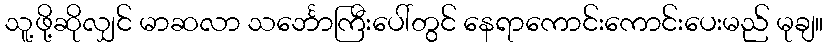
သူ့ဖို့ဆိုလျှင် မာဆလာ သင်္ဘောကြီးပေါ်တွင် နေရာကောင်းကောင်းပေးမည် မုချ။